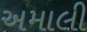
અમાલી